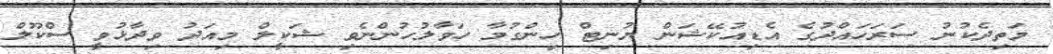
މަތިދެކުނު ސަރަހައްދުގެ އެޑިއުކޭޝަން ޔުނިޓް ހިންގުމާ ހަވާލުހުންނެވި ޝަކީލް މިއަދު ވިދާޅުވީ ސްކޫލް